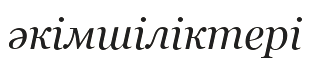
әкімшіліктері